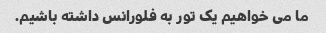
ما می خواهیم یک تور به فلورانس داشته باشیم.